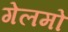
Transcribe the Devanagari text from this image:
गेलमो